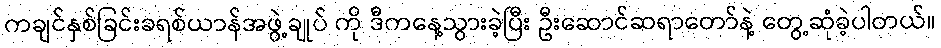
ကချင်နှစ်ခြင်းခရစ်ယာန်အဖွဲ့ချုပ် ကို ဒီကနေ့သွားခဲ့ပြီး ဦးဆောင်ဆရာတော်နဲ့ တွေ့ဆုံခဲ့ပါတယ်။